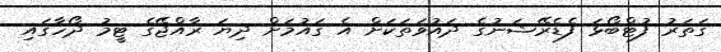
ގަތަރު ފުޓްބޯޅަ ފެޑެރޭޝަނުގެ ދައުވަތަކަށް އެ ގައުމަށް ދިޔަ ރާއްޖޭގެ ޓީމު ދޯހާގައި